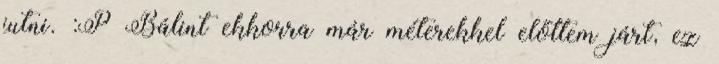
jutni. :P Bálint ekkorra már méterekkel előttem járt, ez